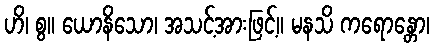
ဟိ၊ စွ။ ယောနိသော၊ အသင့်အားဖြင့်။ မနသိ ကရောန္တော၊